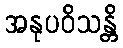
အနုပဝိသန္တိ